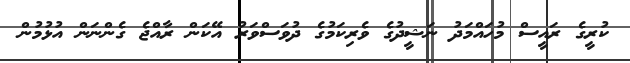
ކުރީގެ ރައީސް މުހައްމަދު ނަޝީދުގެ ވެރިކަމުގެ ދުވަސްވަރު އޭކަން ރާއްޖެ ގެންނަން އުޅުމުން